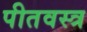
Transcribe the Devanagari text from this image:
पीतवस्त्र